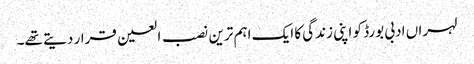
لہراں ادبی بورڈ کو اپنی زندگی کا ایک اہم ترین نصب العین قرار دیتے تھے۔